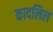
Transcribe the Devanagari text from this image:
कादलिल